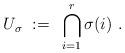
LaTeX: \begin{align*}U_\sigma~:=~ \bigcap_{i=1}^r \sigma(i)~.\end{align*}